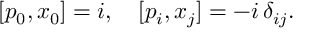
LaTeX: [ p _ { 0 } , x _ { 0 } ] = i , \quad [ p _ { i } , x _ { j } ] = - i \, \delta _ { i j } .